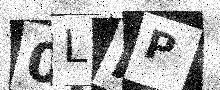
Text: 0LFP